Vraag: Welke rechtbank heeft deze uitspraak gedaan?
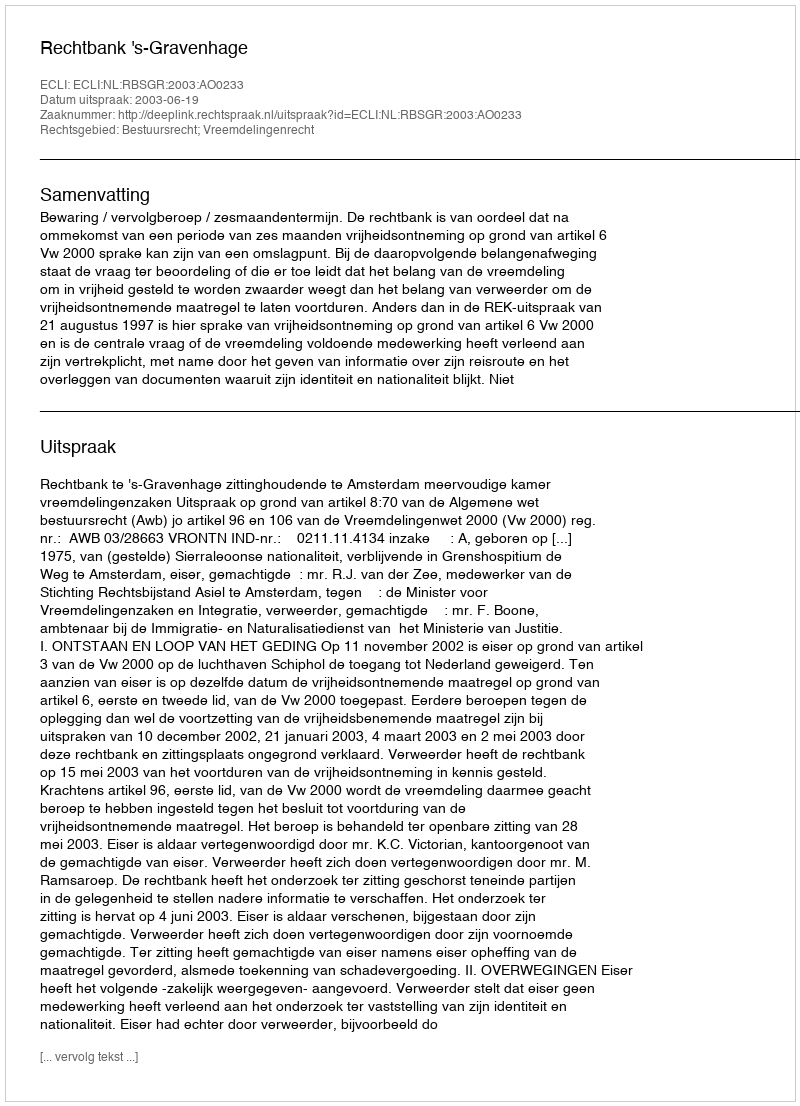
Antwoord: Rechtbank 's-Gravenhage